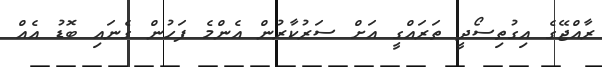
ރާއްޖޭގެ އިގުތިސޯދީ ތަރައްގީ އަށް ސަރުކާރުން އެންމެ ފަހުން ގެނައި ބޮޑު އެއް